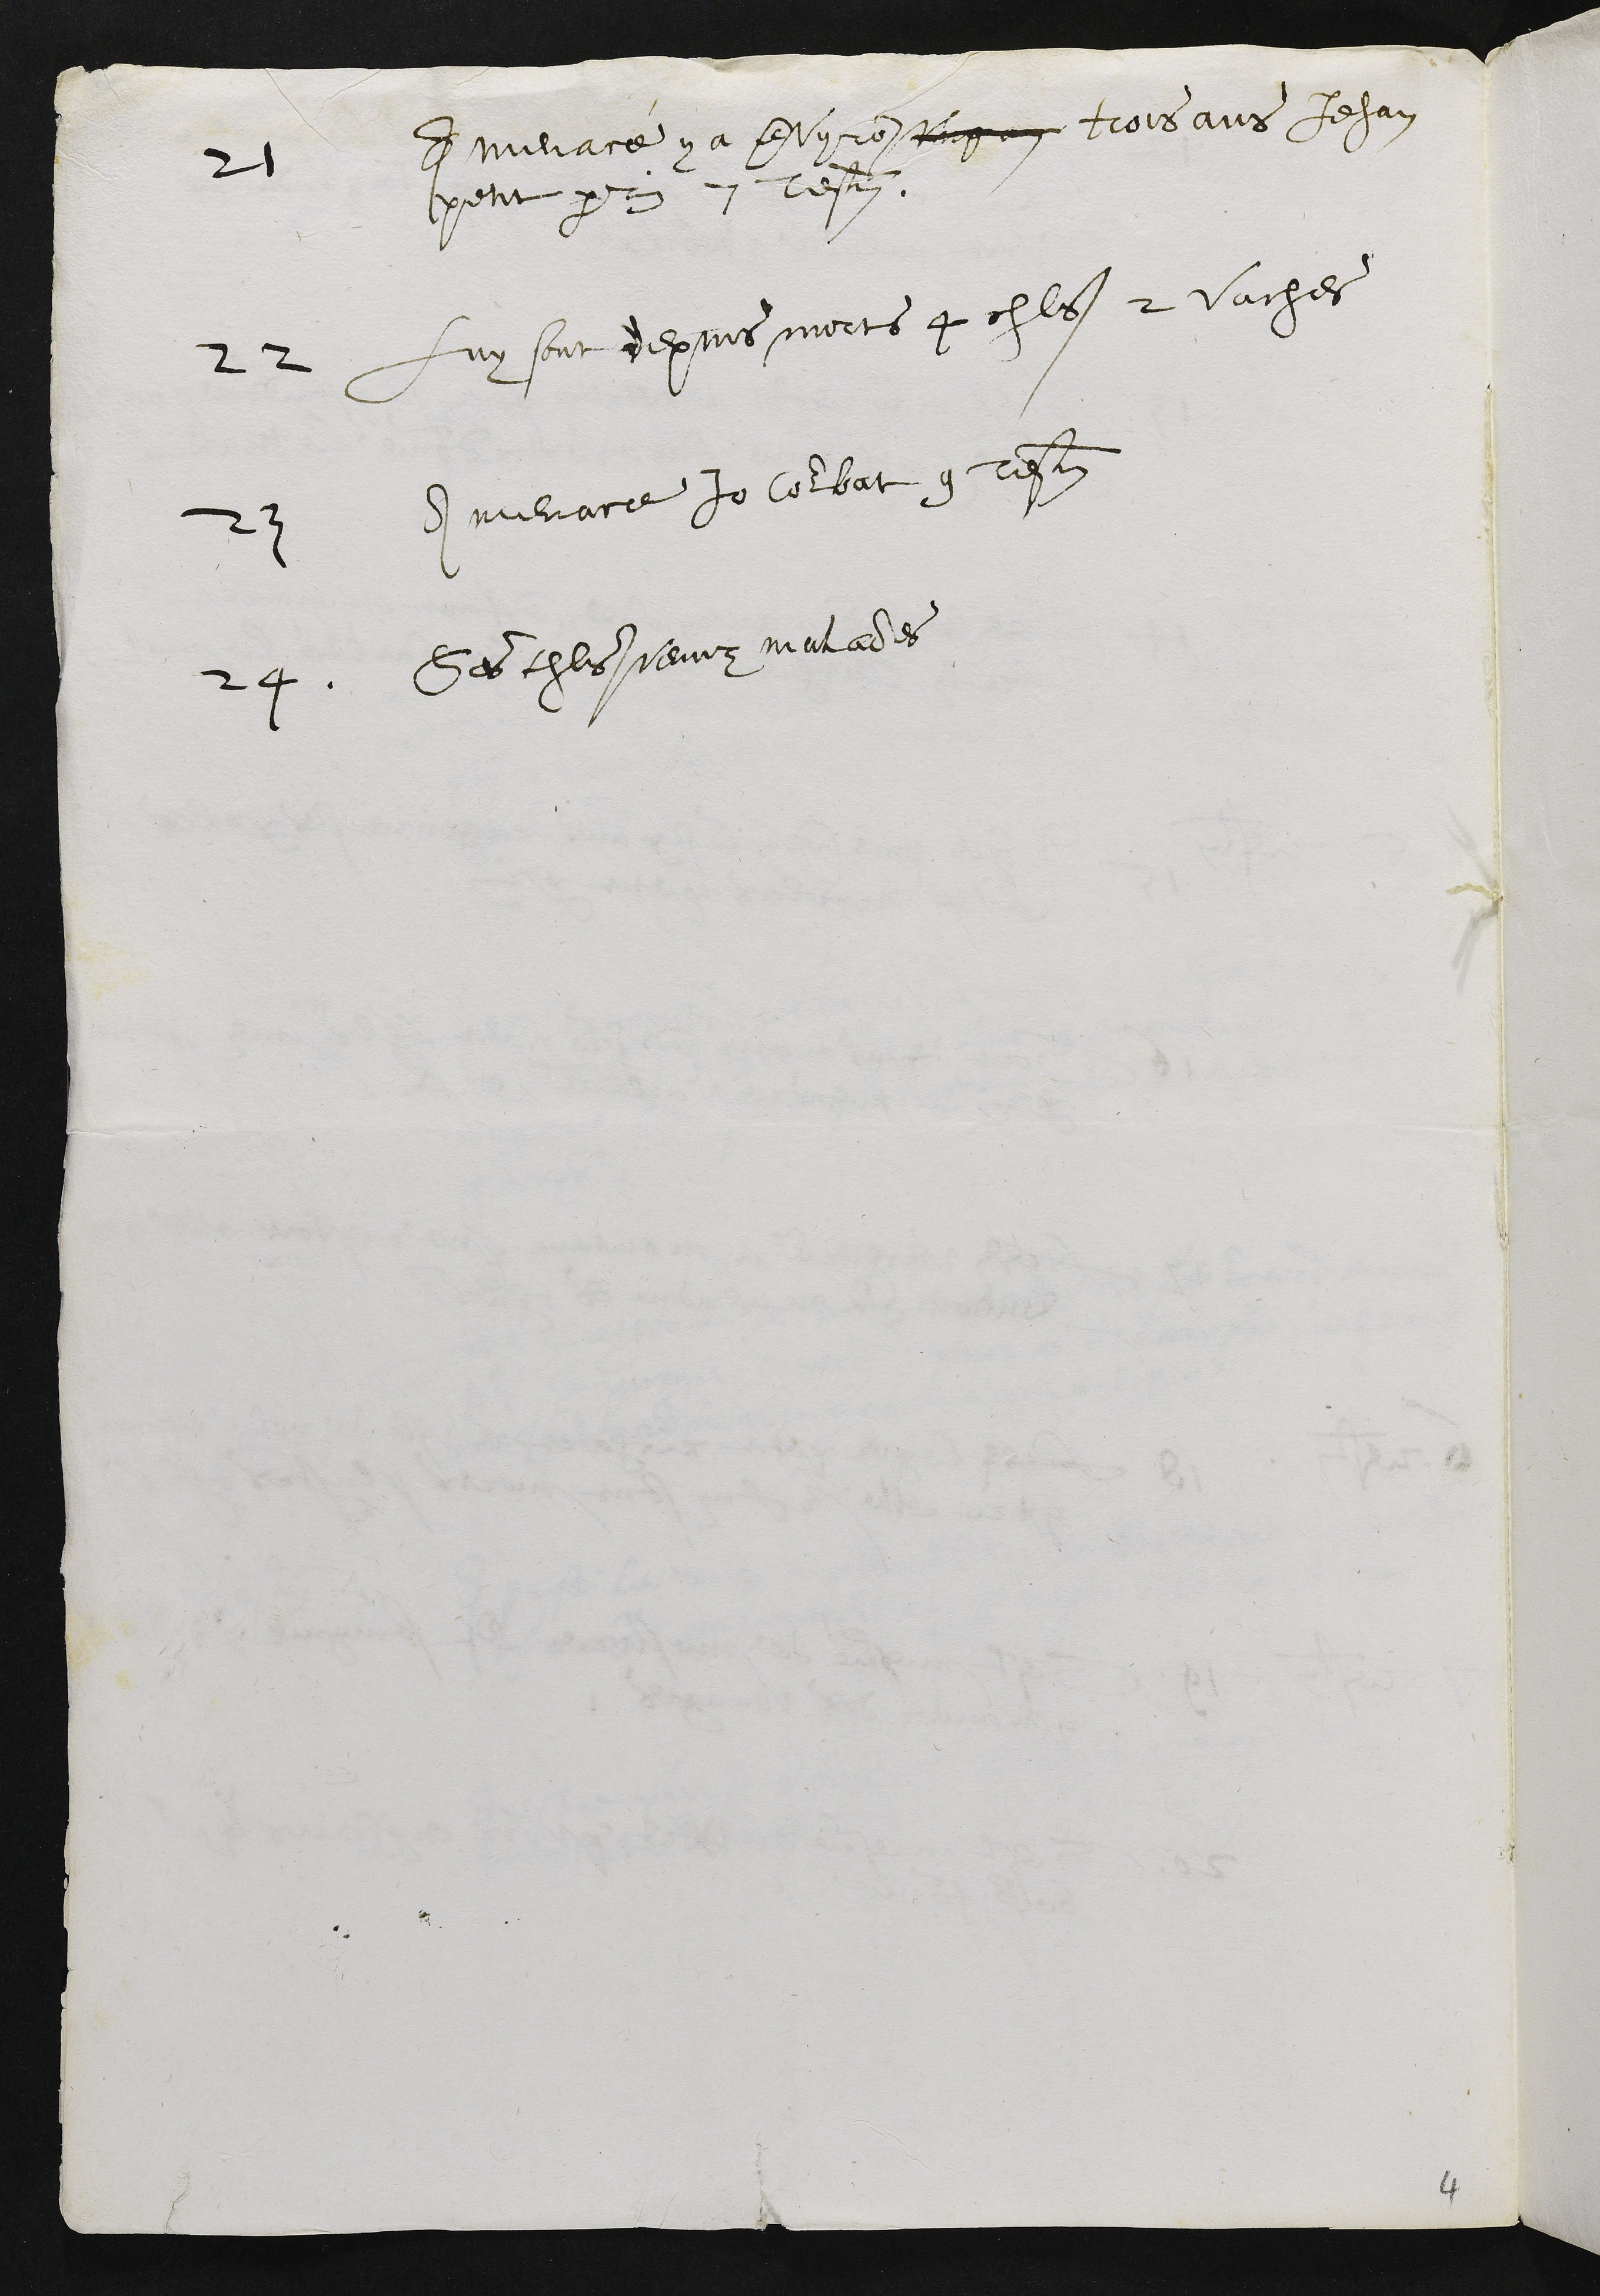
21
A menacé y a envyron ung an trois ans Jehan
petit perrin 7 tesmoin.
22
Luy sont depuis morts 4 chls 2 vaches
23
A menace Jo Courbat 9 tesmoin
24
Ses chls venus malades

4